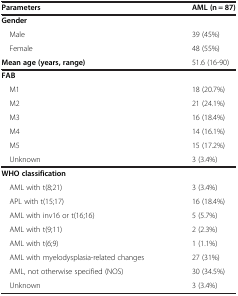
<table><thead><tr><td><b>Parameters</b></td><td><b>AML (n = 87)</b></td></tr></thead><tbody><tr><td><b>Gender</b></td><td> </td></tr><tr><td> Male</td><td>39 (45%)</td></tr><tr><td> Female</td><td>48 (55%)</td></tr><tr><td><b>Mean age (years, range)</b></td><td>51.6 (16-90)</td></tr><tr><td><b>FAB</b></td><td> </td></tr><tr><td> M1</td><td>18 (20.7%)</td></tr><tr><td> M2</td><td>21 (24.1%)</td></tr><tr><td> M3</td><td>16 (18.4%)</td></tr><tr><td> M4</td><td>14 (16.1%)</td></tr><tr><td> M5</td><td>15 (17.2%)</td></tr><tr><td> Unknown</td><td>3 (3.4%)</td></tr><tr><td><b>WHO classification</b></td><td> </td></tr><tr><td> AML with t(8;21)</td><td>3 (3.4%)</td></tr><tr><td> APL with t(15;17)</td><td>16 (18.4%)</td></tr><tr><td> AML with inv16 or t(16;16)</td><td>5 (5.7%)</td></tr><tr><td> AML with t(9;11)</td><td>2 (2.3%)</td></tr><tr><td> AML with t(6;9)</td><td>1 (1.1%)</td></tr><tr><td> AML with myelodysplasia-related changes</td><td>27 (31%)</td></tr><tr><td> AML, not otherwise specified (NOS)</td><td>30 (34.5%)</td></tr><tr><td> Unknown</td><td>3 (3.4%)</td></tr></tbody></table>